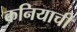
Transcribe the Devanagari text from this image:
कनियाची